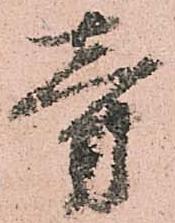
旁